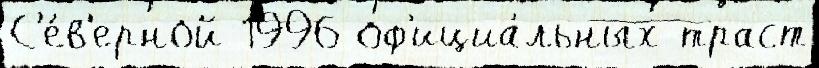
С'е́в'ерной 1996 оф'ициа́льных траст